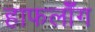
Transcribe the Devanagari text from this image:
हाफलॉँग